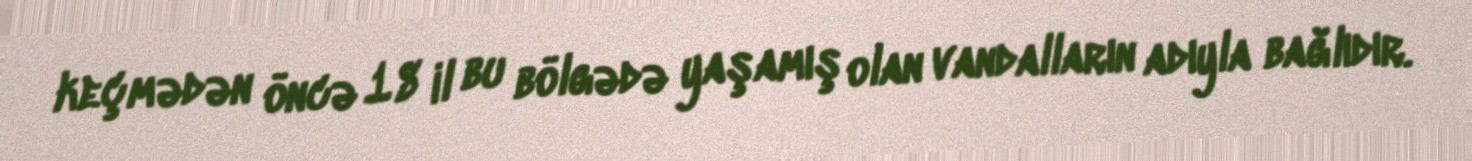
keçmədən öncə 18 il bu bölgədə yaşamış olan vandalların adıyla bağlıdır.